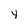
Character: y